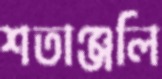
শতাঞ্জলি